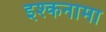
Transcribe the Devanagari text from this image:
इश्कनामा